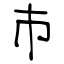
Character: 巿